Report on the working of the Ranchi Indian Mental Hospital, Kanke, in Bihar and Orissa - 1930-1940
Year: 1930
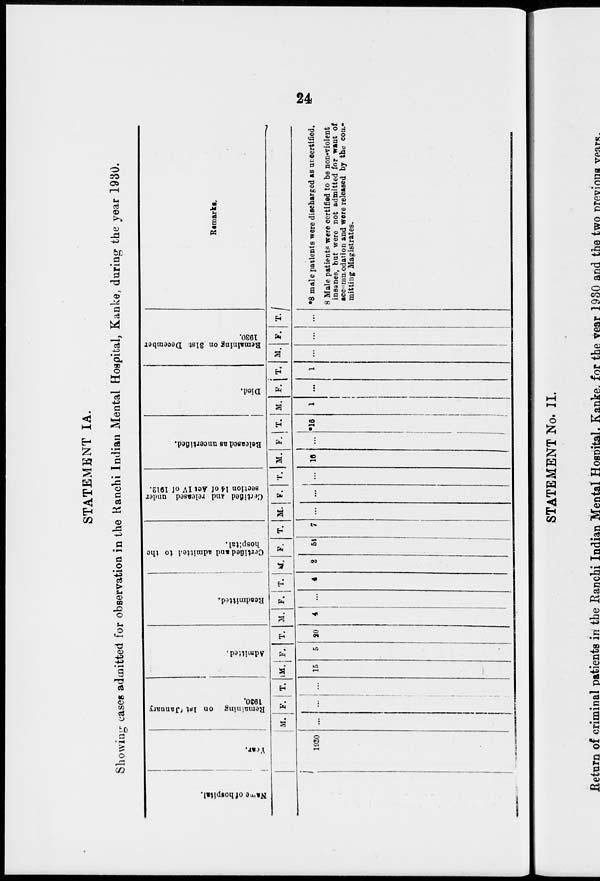
24
STATEMENT IA.
Showing cases admitted for observation in the Ranchi Indian Mental Hospital, Kanke, during the year 1930.
Name of hospital.
Year.
1920
Remaining on 1st January
1930.
M.
...
F.
...
T.
...
Admitted.
M.
15
F.
5
T.
20
Readmitted.
M.
4
F.
...
T.
4
Certified and admitted to the
hospital.
M.
2
F.
5
T.
7
Certified and released under
section 14 of Act IV of 1912.
M.
...
F.
...
T.
...
Released as uncertified.
M.
16
F.
...
T.
*16
Died.
M.
1
F.
...
T.
1
Remaining on 31st December
1930.
M.
...
F.
...
T.
...
Remarks.
*8 male patients were discharged as uncertified.
8 Male patients were certified to be non-violent
insanes, but were not admitted for want of
accommodation and were released by the com-
mitting Magistrates.